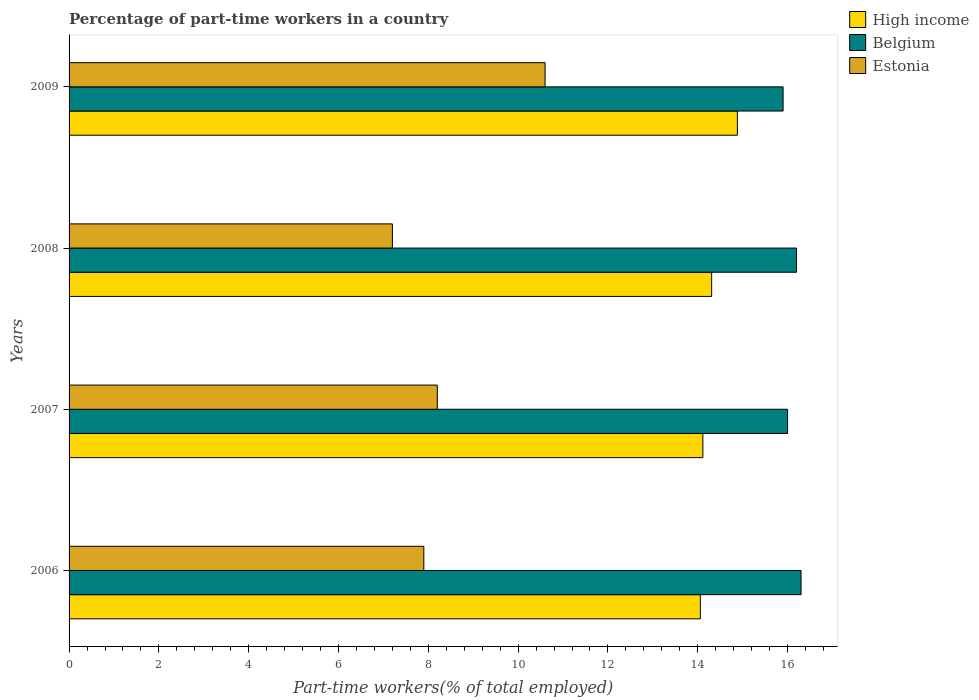
| Years | High income | Belgium | Estonia |
 | --- | --- | --- | --- |
 | 2006 | 14.1 | 16.3 | 7.9 |
 | 2007 | 14.1 | 16 | 8.2 |
 | 2008 | 14.3 | 16.2 | 7.2 |
 | 2009 | 14.9 | 15.9 | 10.6 |